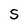
Character: S